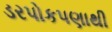
ડરપોકપણાથી